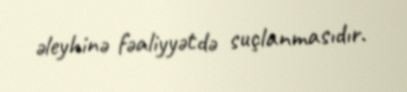
əleyhinə fəaliyyətdə suçlanmasıdır.